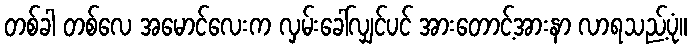
တစ်ခါ တစ်လေ အမောင်လေးက လှမ်းခေါ်လျှင်ပင် အားတောင့်အားနာ လာရသည့်ပုံ။